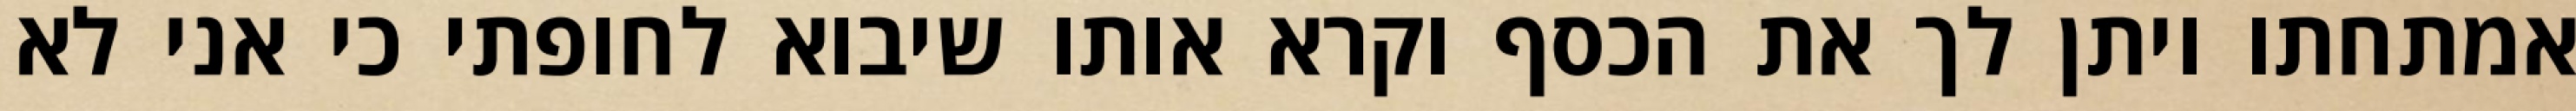
אמתחתו ויתן לך את הכסף וקרא אותו שיבוא לחופתי כי אני לא